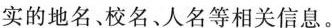
实的地名、校名、人名等相关信息。